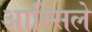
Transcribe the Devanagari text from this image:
आस्सिले